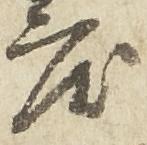
度